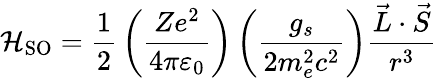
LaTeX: {\mathcal{H}}_{\mathrm{SO}}={\frac{1}{2}}\left({\frac{Ze^{2}}{4\pi\varepsilon_{0}}}\right)\left({\frac{g_{s}}{2m_{e}^{2}c^{2}}}\right){\frac{{\vec{L}}\cdot{\vec{S}}}{r^{3}}}